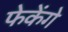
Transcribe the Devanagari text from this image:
फेकेंगे